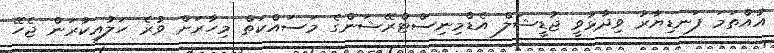
އުއްތަމަ ފަނޑިޔާރު ވިދާޅުވީ ޖުޑީޝަލް އެޑްމިނިސްޓްރޭޝަންގެ މަސައްކަތް މިހާރަށް ވުރެ ހަލުއިކުރަން ޖެހޭ